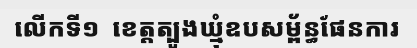
លើកទី១  ខេត្តត្បូងឃ្មុំឧបសម្ព័ន្ធផែនការ